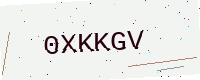
Text: 0XKKGV